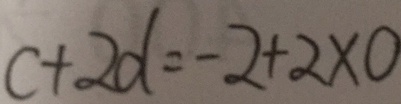
c + 2 d = - 2 + 2 \times 0